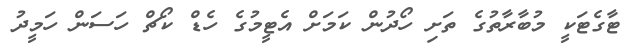
ޓާގެޓަކީ މުބާރާތުގެ ތަށި ހޯދުން ކަމަށް އެޓީމުގެ ހެޑް ކޯޗް ހަސަން ހަމީދު